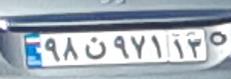
۹۸ن۹۷۱۱۳